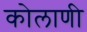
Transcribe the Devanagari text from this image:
कोलाणी